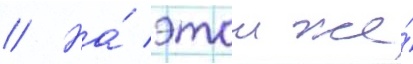
// На́ этои же́